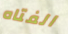
الفتاه